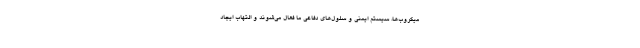
میکروب‌ها، سیستم ایمنی و سلول‌های دفاعی ما فعال می‌شوند و التهاب ایجاد